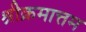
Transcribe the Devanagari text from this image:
श्रीक्रमात्तम